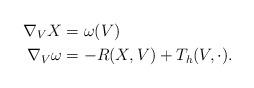
LaTeX: \begin{align*}\nabla_V X&=\omega (V)\\\nabla_V \omega &= -R(X, V) + T_h (V, \cdot).\end{align*}